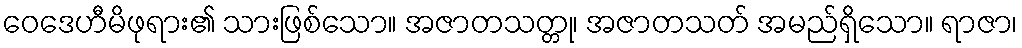
ဝေဒေဟီမိဖုရား၏ သားဖြစ်သော။ အဇာတသတ္တု၊ အဇာတသတ် အမည်ရှိသော။ ရာဇာ၊